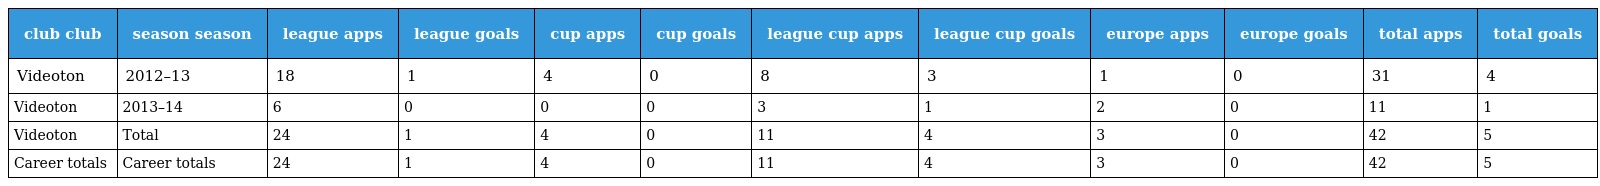
| club club | season season | league apps | league goals | cup apps | cup goals | league cup apps | league cup goals | europe apps | europe goals | total apps | total goals |
 | --- | --- | --- | --- | --- | --- | --- | --- | --- | --- | --- | --- |
 | Videoton | 2012–13 | 18 | 1 | 4 | 0 | 8 | 3 | 1 | 0 | 31 | 4 |
 | Videoton | 2013–14 | 6 | 0 | 0 | 0 | 3 | 1 | 2 | 0 | 11 | 1 |
 | Videoton | Total | 24 | 1 | 4 | 0 | 11 | 4 | 3 | 0 | 42 | 5 |
 | Career totals | Career totals | 24 | 1 | 4 | 0 | 11 | 4 | 3 | 0 | 42 | 5 |